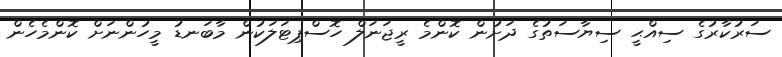
ސަރުކާރުގެ ސިއްޙީ ސިޔާސަތުގެ ދަށުން ކޮންމެ ރީޖަނަލް ހޮސްޕިޓަލަކުން މާބަނޑު މީހުންނަށް ކޮންމެހެން